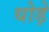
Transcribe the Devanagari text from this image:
धोड़े